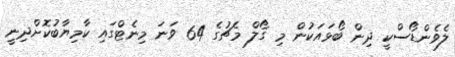
ލެވެންޑޯސްކީ ދިން ބޯޅައަކުން މި ގޯލް މެޗުގެ 64 ވަނަ މިނެޓްގައި ކާމިޔާބުކޮށްދިނީ